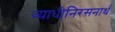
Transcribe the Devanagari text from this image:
व्याधीनिरसनार्थ